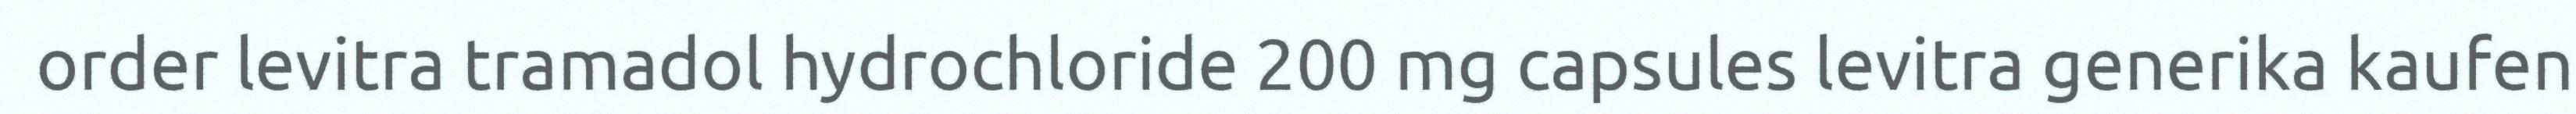
order levitra tramadol hydrochloride 200 mg capsules levitra generika kaufen